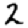
Digit: 2